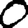
Digit: 0